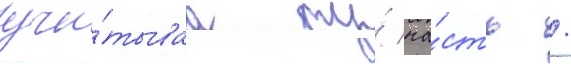
учи́тываа ту́ ча́сть /